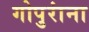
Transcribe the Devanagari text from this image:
गोपुरांना